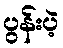
ပွန်းပဲ့